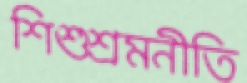
শিশুশ্রমনীতি